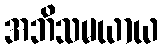
အဘိသမယာယ